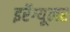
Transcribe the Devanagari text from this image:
इर्रेग्यूलर